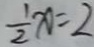
\frac { 1 } { 2 } x = 2